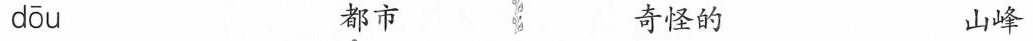
dōu \underset{·}{都}市 奇怪的 山峰